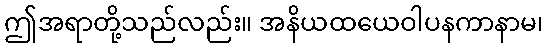
ဤအရာတို့သည်လည်း။ အနိယထယေဝါပနကာနာမ၊